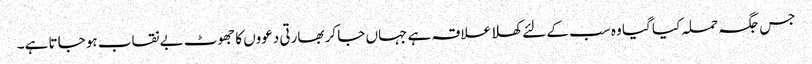
جس جگہ حملہ کیا گیا وہ سب کے لئے کھلا علاقہ ہے جہاں جا کر بھارتی دعووں کا جھوٹ بے نقاب ہو جاتا ہے۔